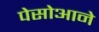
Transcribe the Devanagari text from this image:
पेसोआने